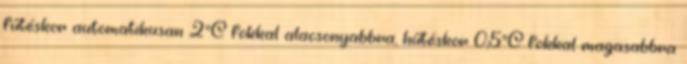
fűtéskor automatikusan 2°C fokkal alacsonyabbra, hűtéskor 0,5°C fokkal magasabbra